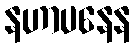
နဟာပနေန